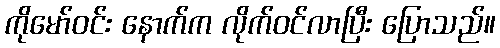
ကိုမော်ဝင်း နောက်က လိုက်ဝင်လာပြီး ပြောသည်။